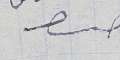
حىا